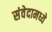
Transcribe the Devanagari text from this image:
संवेदामध्ये